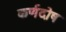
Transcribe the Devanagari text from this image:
कर्णदोष